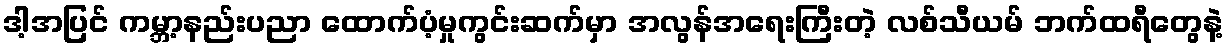
ဒါ့အပြင် ကမ္ဘာ့နည်းပညာ ထောက်ပံ့မှုကွင်းဆက်မှာ အလွန်အရေးကြီးတဲ့ လစ်သီယမ် ဘက်ထရီတွေနဲ့